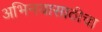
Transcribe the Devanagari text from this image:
अभिनयासाठीचा